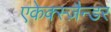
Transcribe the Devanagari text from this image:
एकेक्स्ज़ैन्डर